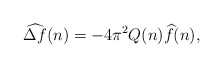
\begin{align*} \widehat{\Delta f}(n) = -4\pi^2 Q(n)\widehat f(n),\end{align*}